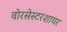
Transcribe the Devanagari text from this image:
वोरसेस्टरशायर